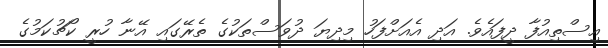
އިސްތިއުފާ ދީފައެވެ. އަދި އެއަށްފަހު މިދިޔަ ދުވަސްތަކުގެ ތެރޭގައި އޭނާ ހުރީ ކޯޗުކަމުގެ